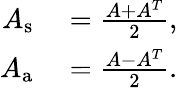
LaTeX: \begin{array}{rl}{A_{\mathrm{s}}}&{{}=\frac{A+A^{T}}{2},}\\ {A_{\mathrm{a}}}&{{}=\frac{A-A^{T}}{2}.}\end{array}